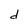
Character: d